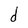
Character: d